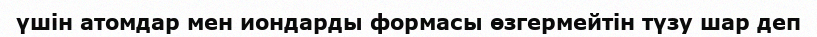
үшін атомдар мен иондарды формасы өзгермейтін түзу шар деп